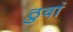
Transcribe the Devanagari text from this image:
ठुवां